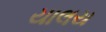
યાલય